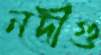
নদীগু